King Institute of Preventive Medicine Micro-Biological Section reports 1909-11
Year: 1909
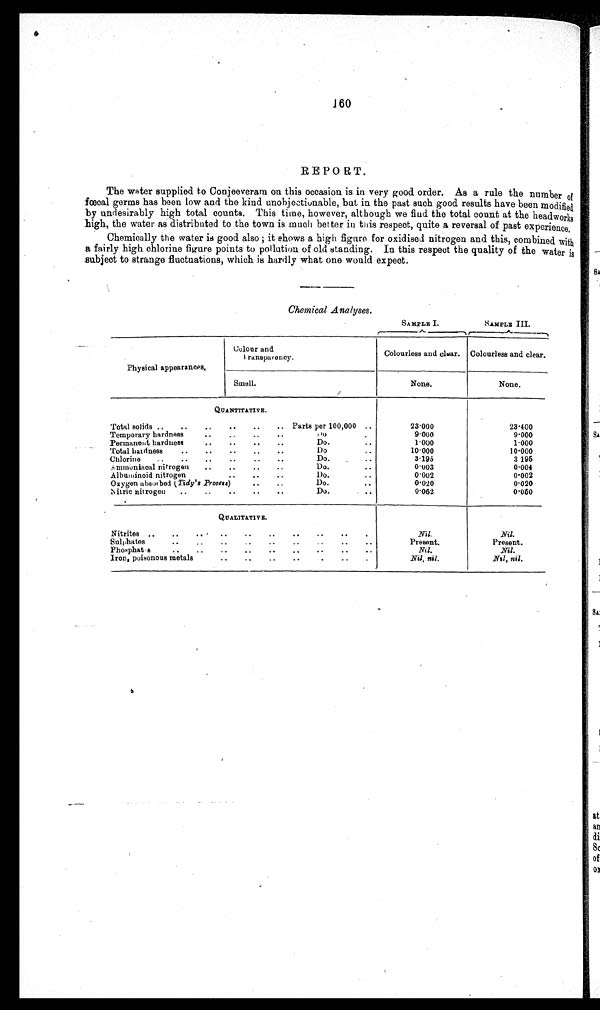
160
REPORT.
The water supplied to Conjeeveram on this occasion is in very good order. As a rule the number of
fœcal germs has been low and the kind unobjectionable, but in the past such good results have been modified
by undesirably high total counts. This time, however, although we find the total count at the headworks
high, the water as distributed to the town is much better in this respect, quite a reversal of past experience.
Chemically the water is good also ; it shows a high figure for oxidised nitrogen and this, combined with
a fairly high chlorine figure points to pollution of old standing. In this respect the quality of the water is
subject to strange fluctuations, which is hardly what one would expect.
Chemical Analyses.
SAMPLE I.
SAMPLE III
Physical appearances.
Colour and
transparency.
Colourless and clear.
Colourless and clear.
Smell.
None.
None.
QUANTITATIVE.
23·400
Total solids ..
..
..
..
..
.. Parts per 100,000 ..
23·000
9·000
9·000
Temporary hardness
..
..
..
..
D 0
Permanent hardness
..
..
..
..
Do...
1 · 0 0 0
1·000
Total handness
..
..
• •
• •
•
Do..
10·000
10·000
Chlorine
..
..
..
• .
• •
• .
Do.
..
3·195
3 195
Ammoniacal nitrogen
..
..
..
..
Do.
0·003
0·004
Albuminoid nitrogen
..
..
• •
Do. ..
0·002
0·002
Oxygen absorbed ( Tidy ' s Process)
..
• •
D o .
0·020
0·020
Nitric nit rogen
..
..
..
• •
• •
Do.
• •
0·062
0·050
QUALITATIVE.
Nitrites ..
..
.. •
..
• •
• •
• •
• •
• •
.
Nil.
Nil.
Present.
Present.
Sulphates
..
..
..
..
..
..
•.
..
..
Nil.
N i l .
Phosphat-s
••
..
..
—
..
..
••
..
..
Nil, nil .
Iron, poisonous metals..
..
..
..
.
..
.
N i l n i l .